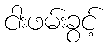
ငါးဖမ်းခွင့်